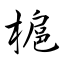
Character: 槴